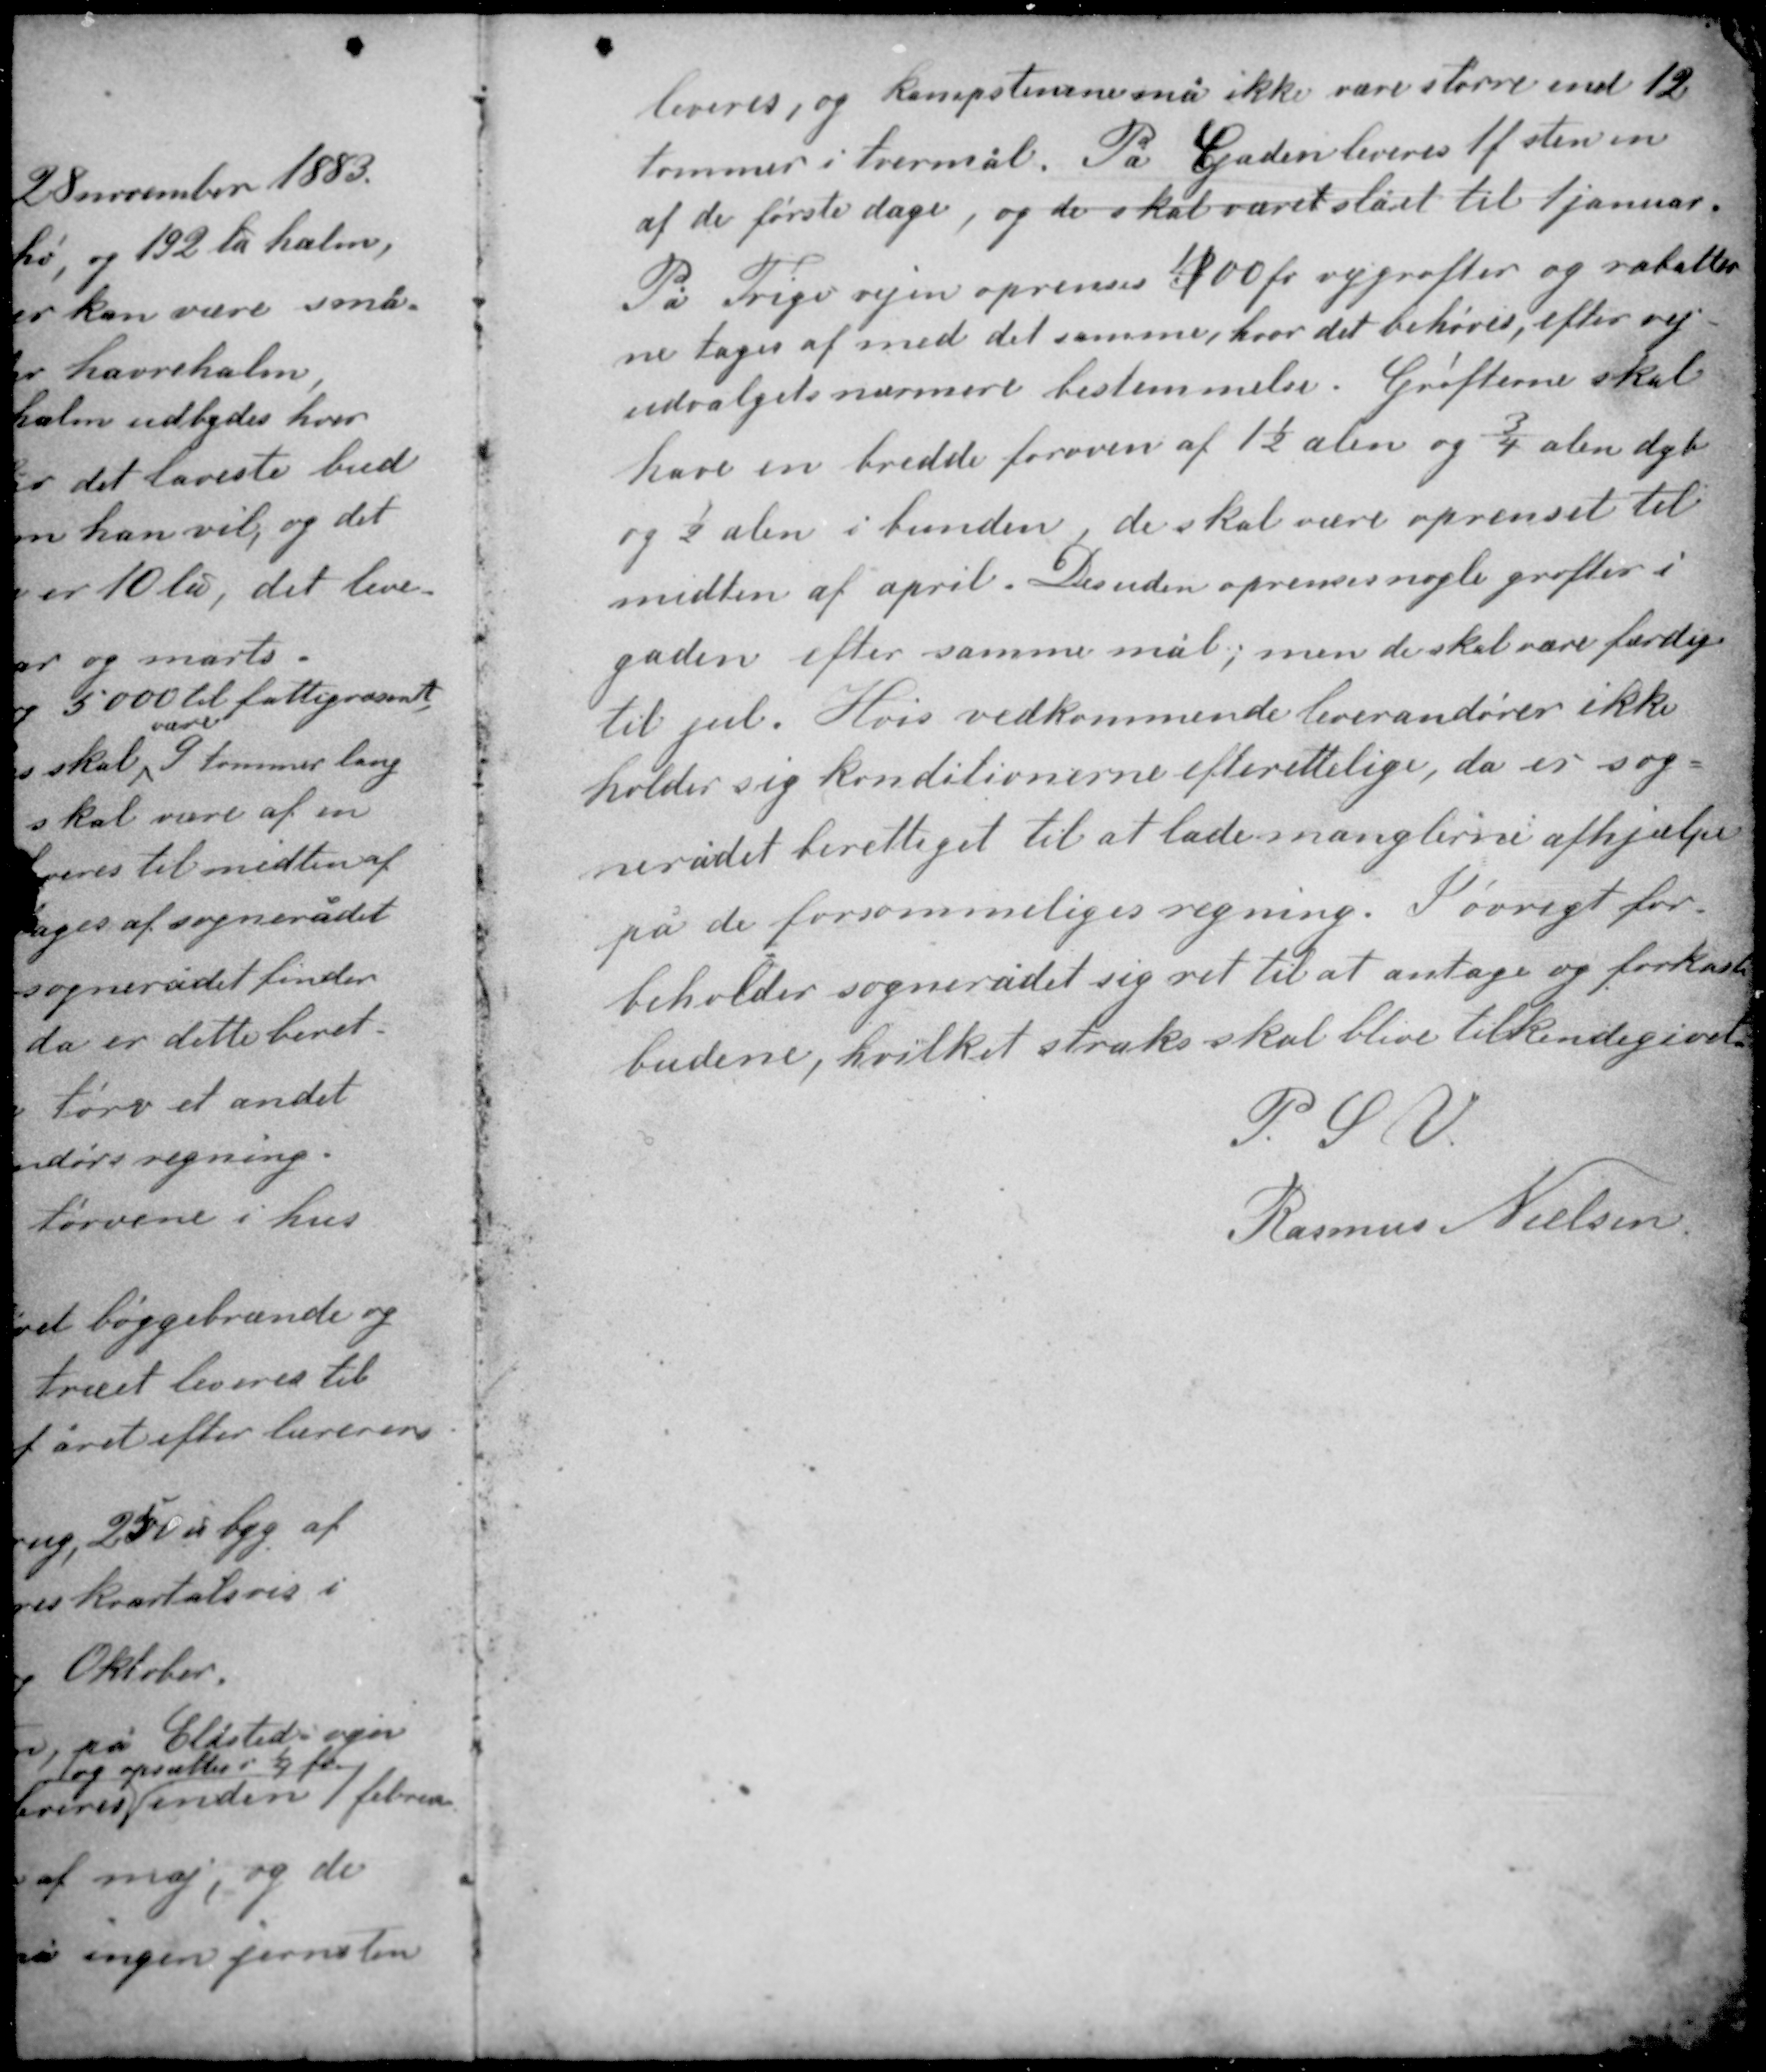
Transskription:
leveres, og kampstenene må ikke være større end 12
tommer i tvermål. På Gaden leveres 1 f sten en
af de første dage, og de skal være slået til 1 januar.

På Trige vejen oprenses 400 fv vejgrøfter og rabatter-
ne tages af med det samme, hvor det behøves, efter vej-
udvalgets nærmere bestemmelser. Grøfterne skal
have en bredde foroven af 1½ alen og ¾ alen dyb
og ½ alen i bunden, de skal være oprenset til
midten af april. Desuden oprenses nogle grøfter i
gaden efter samme mål; men de skal være færdige
til jul. Hvis vedkommende leverandører ikke
holder sig konditionerne efterrettelige, da er sog-
nerådet berettiget til at lade manglerne afhjælpe
på de forsømmeliges regning. Iøvrigt for-
beholder sognerådet sig ret til at antage og forkaste
budene, hvilket straks skal blive tilkendegivet.

P. S. V.
Rasmus Nielsen